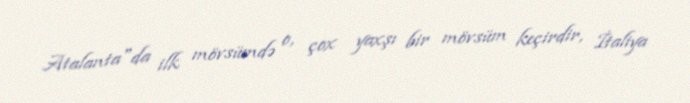
Atalanta"da ilk mövsümdə o, çox yaxşı bir mövsüm keçirdir, İtaliya